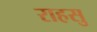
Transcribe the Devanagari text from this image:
राहसु